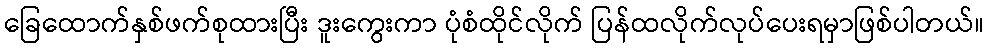
ခြေထောက်နှစ်ဖက်စုထားပြီး ဒူးကွေးကာ ပုံစံထိုင်လိုက် ပြန်ထလိုက်လုပ်ပေးရမှာဖြစ်ပါတယ်။